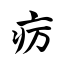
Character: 疠